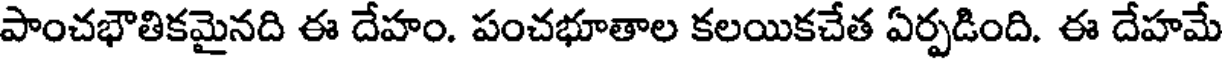
పాంచభౌతికమైనది ఈ దేహం. పంచభూతాల కలయికచేత ఏర్పడింది. ఈ దేహమే